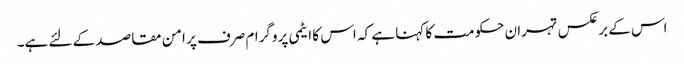
اس کے برعکس تہران حکومت کا کہنا ہے کہ اس کا ایٹمی پروگرام صرف پر امن مقاصد کے لئے ہے۔